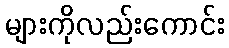
များကိုလည်းကောင်း